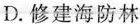
D.修建海防林